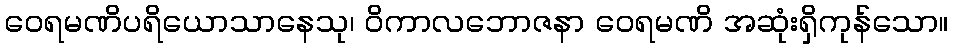
ဝေရမဏိပရိယောသာနေသု၊ ဝိကာလဘောဇနာ ဝေရမဏိ အဆုံးရှိကုန်သော။